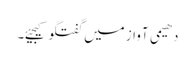
دھیمی آواز میں گفتگو کیجیئے۔